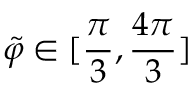
\Tilde { \varphi } \in [ \frac { \pi } { 3 } , \frac { 4 \pi } { 3 } ]